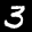
Label: 3